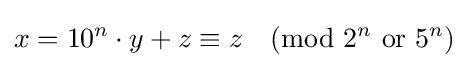
x=10^{n}\cdot y+z\equiv z{\pmod {2^{n}{\text{ or }}5^{n}}}